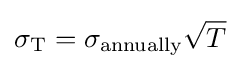
\sigma _{\text{T}}=\sigma _{\text{annually}}{\sqrt {T}}